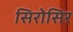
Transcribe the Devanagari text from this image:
सिरोसिर